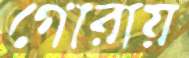
গোরায়